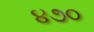
૪૭૦